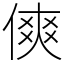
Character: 傸